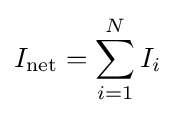
I_{\mathrm {net} }=\sum _{i=1}^{N}I_{i}\,\!